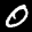
Label: 0